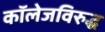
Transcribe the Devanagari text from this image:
कॉलेजविरुद्ध